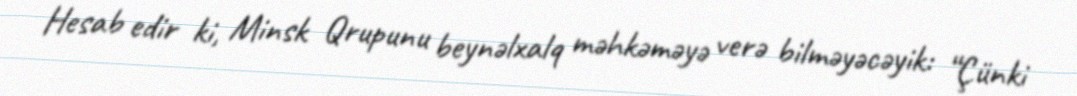
Hesab edir ki, Minsk Qrupunu beynəlxalq məhkəməyə verə bilməyəcəyik: “Çünki